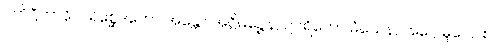
ပတိဋ္ဌိတာနိ။ ပရိစ္ဆေဒတော အန္တော အဋ္ဌိမိဉ္ဇေန, ဥပရိတော မံသေန, အဂ္ဂေ မူလေ စ